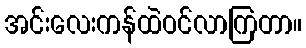
အင်းလေးကန်ထဲဝင်လာကြတာ။